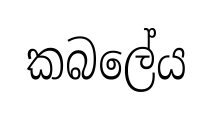
කබලේය